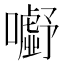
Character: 𭌗